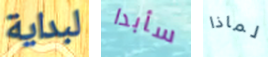
لبداية سأبدا لماذا